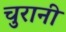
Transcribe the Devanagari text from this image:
चुरानी